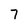
Character: 7